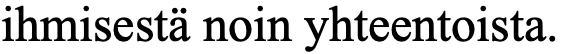
ihmisestä noin yhteentoista.